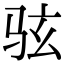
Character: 𫠊